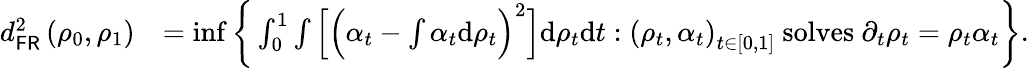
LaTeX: \begin{array}{rl}{d_{\mathsf{FR}}^{2}\left(\rho_{0},\rho_{1}\right)}&{=\operatorname*{inf}\bigg\{ \int_{0}^{1}\int\Big[\Big(\alpha_{t}-\int\alpha_{t}\mathrm{d}\rho_{t}\Big)^{2}\Big]\mathrm{d}\rho_{t}\mathrm{d}t:\left(\rho_{t},\alpha_{t}\right)_{t\in[0,1]}\mathrm{~solves~}\partial_{t}\rho_{t}=\rho_{t}\alpha_{t}\bigg\} .}\end{array}